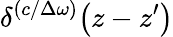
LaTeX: \delta^{(c/\Delta\omega)}\! \left(z-z^{\prime}\right)